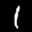
Label: 1